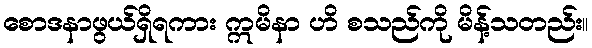
စောဒနာဖွယ်ရှိရကား ဣမိနာ ဟိ စသည်ကို မိန့်သတည်း။